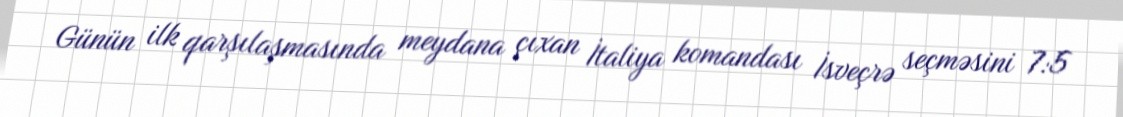
Günün ilk qarşılaşmasında meydana çıxan İtaliya komandası İsveçrə seçməsini 7:5